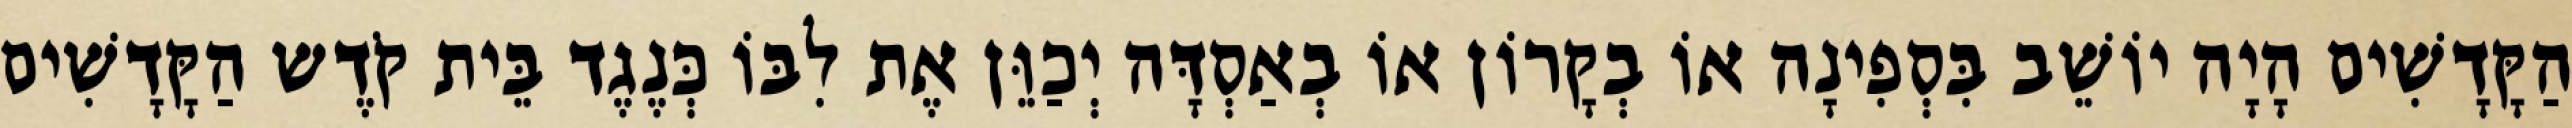
הַקָּדָשִׁים הָיָה יוֹשֵׁב בִּסְפִינָה אוֹ בְקָרוֹן אוֹ בְאַסְדָּה יְכַוֵּן אֶת לִבּוֹ כְּנֶגֶד בֵּית קֹדֶש הַקָּדָשִׁים